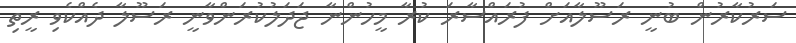
ސަރުކާރުން ބުނީ ރަސޫލާއަށް ފުރައްސާރަ ކުރާ މީހުންނާ ޖަދަލުކުރަންވާނީ ރަސޫލާ ދެއްކެވި ރީތި